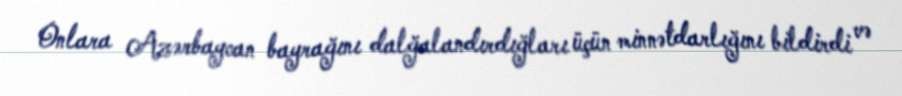
Onlara Azərbaycan bayrağını dalğalandırdığları üçün minnətdarlığını bildirdi və